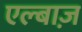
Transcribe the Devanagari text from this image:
एल्बाज़